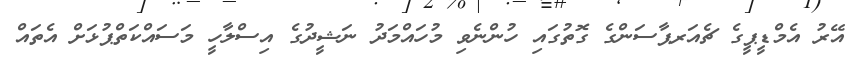
އޭރު އެމްޑީޕީގެ ޗެއަރޕާސަންގެ ގޮތުގައި ހުންނެވި މުހައްމަދު ނަޝީދުގެ އިސްލާހީ މަސައްކަތްޕުޅަށް އެތައް